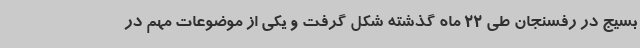
بسیج در رفسنجان طی 22 ماه گذشته شکل گرفت و یکی از موضوعات مهم در